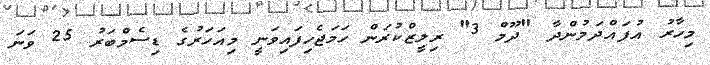
މިހާރު އުފައްދަމުންދާ "ދޫމް 3" ރިލީޒްކުރަން ހަމަޖެހިފައިވަނީ މިއަހަރުގެ ޑިސެމްބަރު 25 ވަނަ